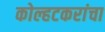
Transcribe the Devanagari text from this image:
कोल्हटकरांचा